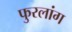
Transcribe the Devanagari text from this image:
फुरलांग